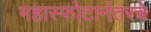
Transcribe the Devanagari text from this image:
महास्फोटानंतरचे